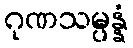
ဂုဏသမ္ပန္နံ